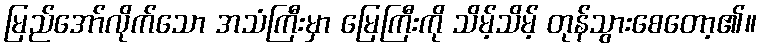
မြည်အော်လိုက်သော အသံကြီးမှာ မြေကြီးကို သိမ့်သိမ့် တုန်သွားစေတော့၏။